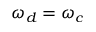
\omega _ { d } = \omega _ { c }